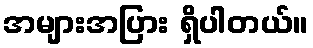
အများအပြား ရှိပါတယ်။